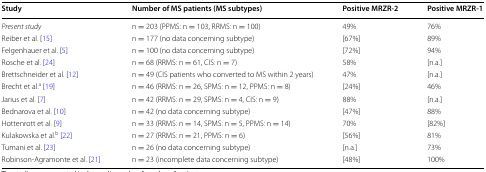
<table><thead><tr><td><b>Study</b></td><td><b>Number of MS patients (MS subtypes)</b></td><td><b>Positive MRZR-2</b></td><td><b>Positive MRZR-1</b></td></tr></thead><tbody><tr><td><i>Present study</i></td><td>n = 203 (PPMS: n = 103, RRMS: n = 100)</td><td>49%</td><td>76%</td></tr><tr><td>Reiber et al. [15]</td><td>n = 177 (no data concerning subtype)</td><td>[67%]</td><td>89%</td></tr><tr><td>Felgenhauer et al. [5]</td><td>n = 100 (no data concerning subtype)</td><td>[72%]</td><td>94%</td></tr><tr><td>Rosche et al. [24]</td><td>n = 68 (RRMS: n = 61, CIS: n = 7)</td><td>58%</td><td>[n.a.]</td></tr><tr><td>Brettschneider et al. [12]</td><td>n = 49 (CIS patients who converted to MS within 2 years)</td><td>47%</td><td>[n.a.]</td></tr><tr><td>Brecht et al.<sup>a</sup> [19]</td><td>n = 46 (RRMS: n = 26, SPMS: n = 12, PPMS: n = 8)</td><td>[24%]</td><td>46%</td></tr><tr><td>Jarius et al. [7]</td><td>n = 42 (RRMS: n = 29, SPMS: n = 4, CIS: n = 9)</td><td>88%</td><td>[n.a.]</td></tr><tr><td>Bednarova et al. [10]</td><td>n = 42 (no data concerning subtype)</td><td>[47%]</td><td>88%</td></tr><tr><td>Hottenrott et al. [9]</td><td>n = 33 (RRMS: n = 14, SPMS: n = 5, PPMS: n = 14)</td><td>70%</td><td>[82%]</td></tr><tr><td>Kulakowska et al.<sup>b</sup> [22]</td><td>n = 27 (RRMS: n = 21, PPMS: n = 6)</td><td>[56%]</td><td>81%</td></tr><tr><td>Tumani et al. [23]</td><td>n = 26 (no data concerning subtype)</td><td>[n.a.]</td><td>73%</td></tr><tr><td>Robinson-Agramonte et al. [21]</td><td>n = 23 (incomplete data concerning subtype)</td><td>[48%]</td><td>100%</td></tr></tbody></table>